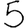
Digit: 5